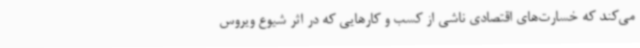
می‌کند که خسارت‌های اقتصادی ناشی از کسب و کارهایی که در اثر شیوع ویروس